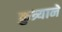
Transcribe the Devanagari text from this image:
कुत्र्याने